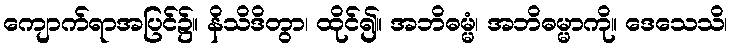
ကျောက်ရာအပြင်၌။ နိသိဒိတွာ၊ ထိုင်၍။ အဘိဓမ္မံ၊ အဘိဓမ္မာကို။ ဒေသေသိ၊